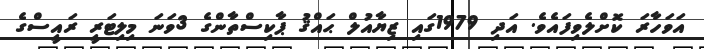
އަވަހާރަ ކޮށްލެވިފައެވެ. އަދި 1979ގައި ޒިޔާއުލް ޙައްޤު ޕާކިސްތާންގެ 3ވަނަ މިލިޓަރީ ރައީސްގެ